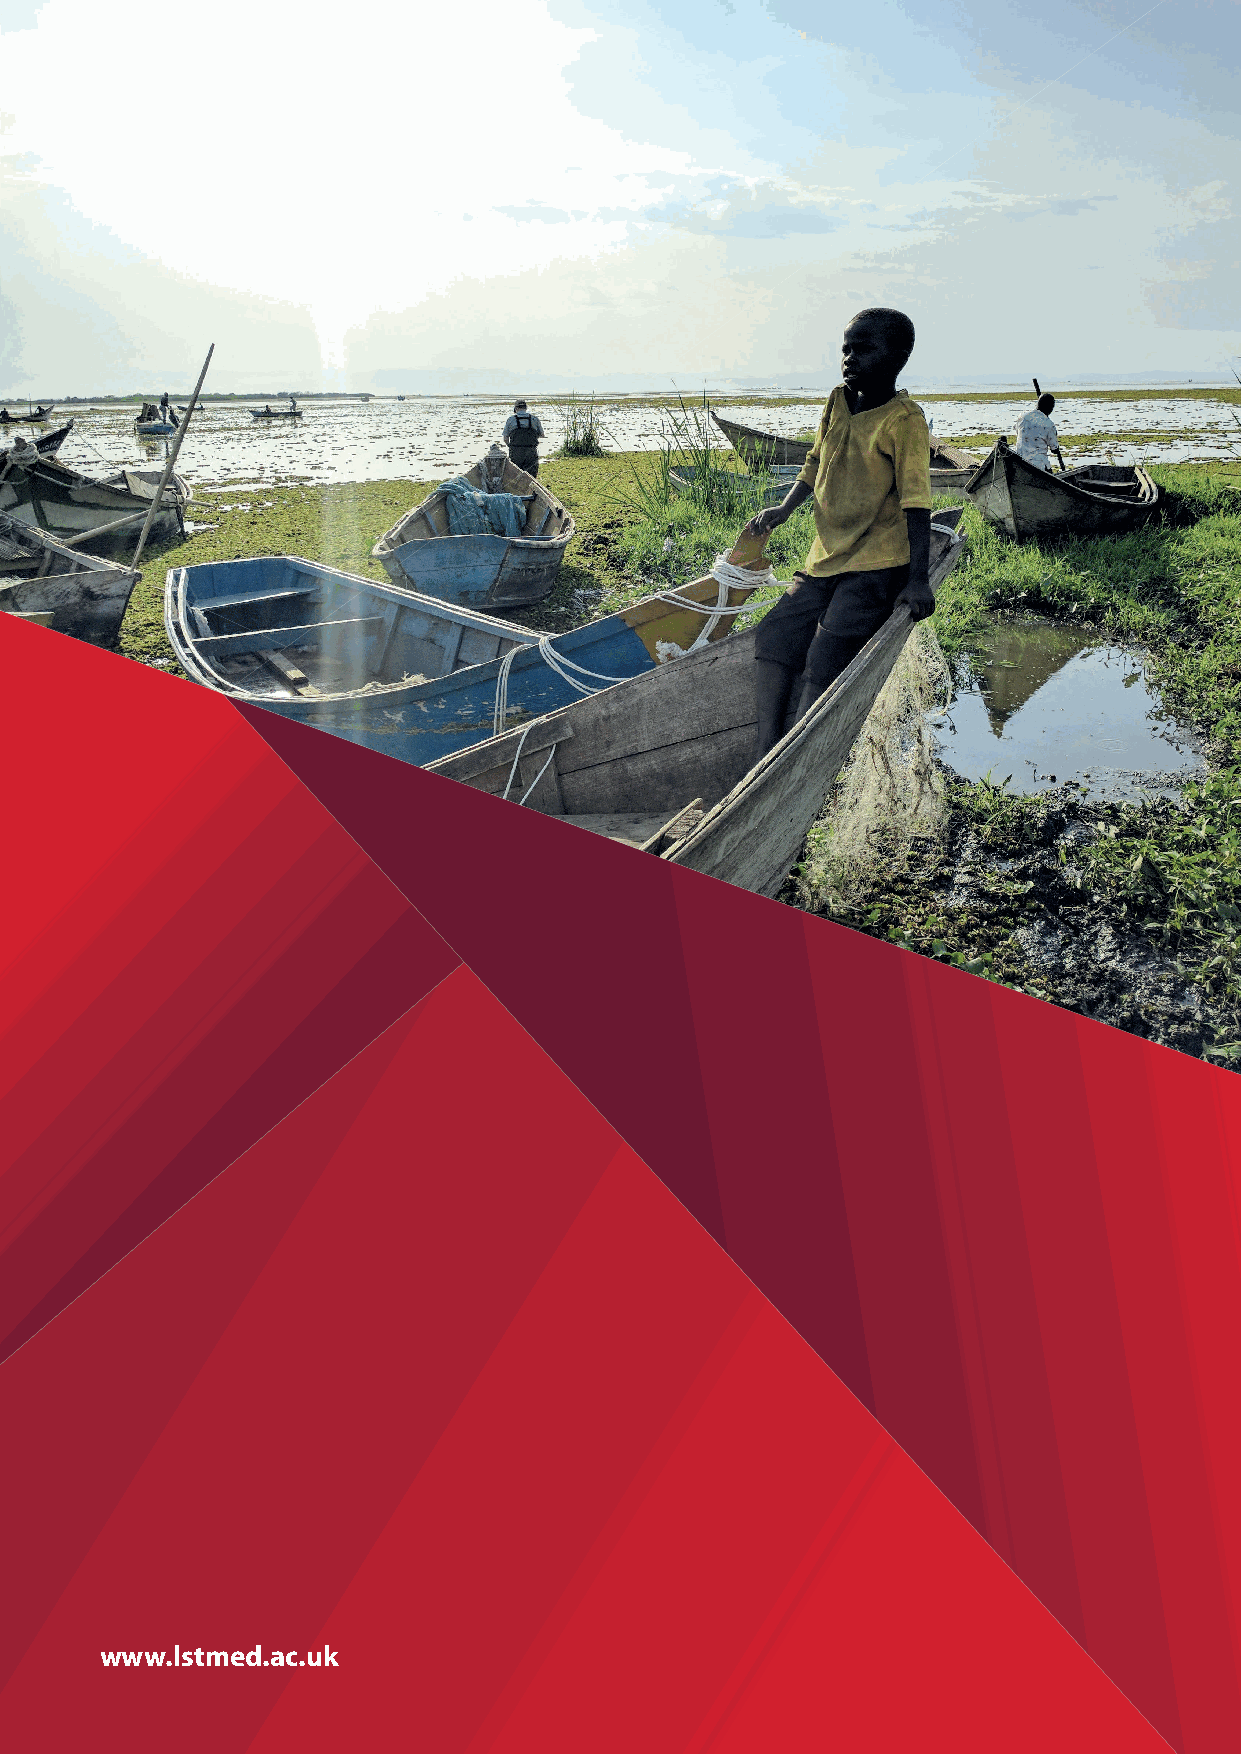
www.lstmed.ac.uk